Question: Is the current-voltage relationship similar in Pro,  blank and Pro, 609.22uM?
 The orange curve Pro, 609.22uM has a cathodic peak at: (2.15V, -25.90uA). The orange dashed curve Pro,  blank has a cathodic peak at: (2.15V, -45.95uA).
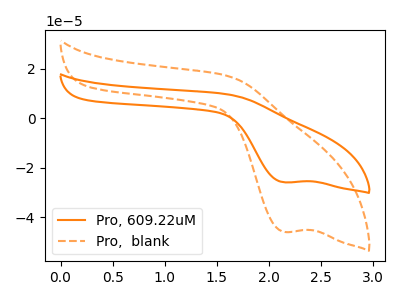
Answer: <think>All the peaks in "Pro,  blank" have a peak in "Pro, 609.22uM" at the same potential. Every peak in "Pro,  blank" is higher than every peak in "Pro, 609.22uM".
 </think>
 <answer>"Pro,  blank" and "Pro, 609.22uM" are similar in shape.</answer>
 <eval>same_shape</eval>